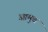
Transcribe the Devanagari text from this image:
आमुचं